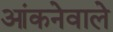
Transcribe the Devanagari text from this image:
आंकनेवाले